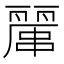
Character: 𠁖